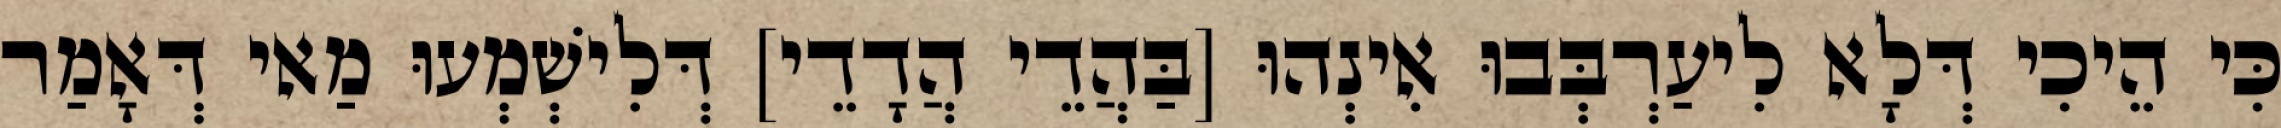
כִּי הֵיכִי דְּלָא לִיעַרְבְּבוּ אִינְהוּ [בַּהֲדֵי הֲדָדֵי] דְּלִישְׁמְעוּ מַאי דְּאָמַר